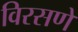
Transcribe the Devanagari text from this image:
विरसणे